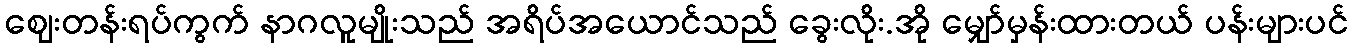
ဈေးတန်းရပ်ကွက် နာဂလူမျိုးသည် အရိပ်အယောင်သည် ခွေးလိုး.အို မျှော်မှန်းထားတယ် ပန်းများပင်